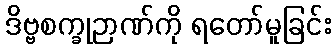
ဒိဗ္ဗစက္ခုဉာဏ်ကို ရတော်မူခြင်း